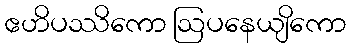
ဧဟိပဿိကော ဩပနေယျိကော